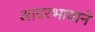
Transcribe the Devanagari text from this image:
आदरभावाने